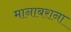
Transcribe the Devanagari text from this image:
मानाबराना